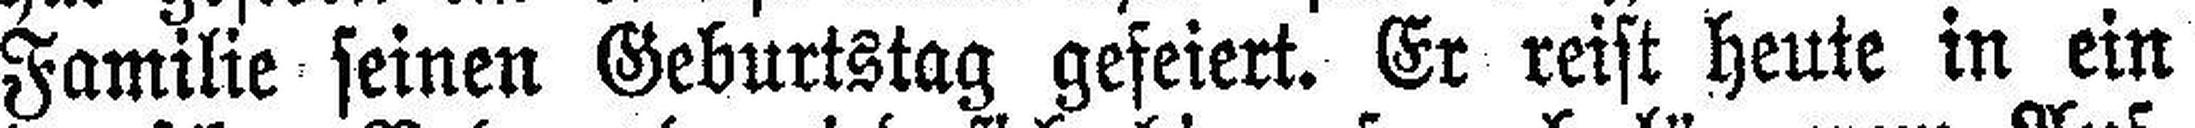
Familie seinen Geburtstag gefeiert. Er reist heute in ein